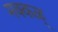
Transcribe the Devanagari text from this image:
मक्कळ्